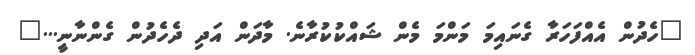
"ހެދުން އެއްފަހަރާ ގެނައިމަ މަންމަ މެން ޝައްކުކުރާނެ. މާދަން އަދި ދެހެދުން ގެންނާނީ..."